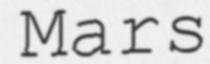
Mars